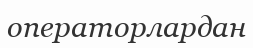
операторлардан